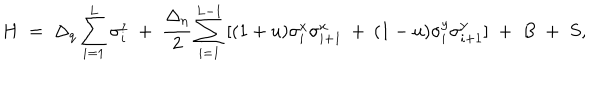
H \; = \; \Delta _ { q } \sum _ { i = 1 } ^ { L } \sigma _ { i } ^ { z } \; + \; \frac { \Delta _ { \eta } } { 2 } \sum _ { i = 1 } ^ { L - 1 } \: [ ( 1 + u ) \sigma _ { i } ^ { x } \sigma _ { i + 1 } ^ { x } \: + \: ( 1 - u ) \sigma _ { i } ^ { y } \sigma _ { i + 1 } ^ { y } ] \; + \; B \; + \; S ,